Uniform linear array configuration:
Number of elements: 24
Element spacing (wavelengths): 0.5
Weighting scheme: blackman
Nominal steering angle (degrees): -30
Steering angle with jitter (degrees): -31.237
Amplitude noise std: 0.05
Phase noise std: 0.05

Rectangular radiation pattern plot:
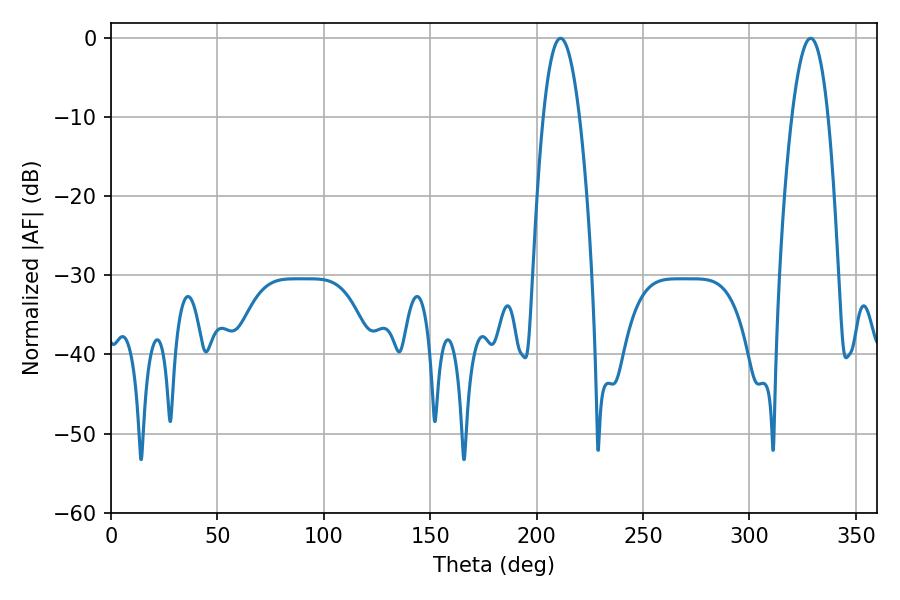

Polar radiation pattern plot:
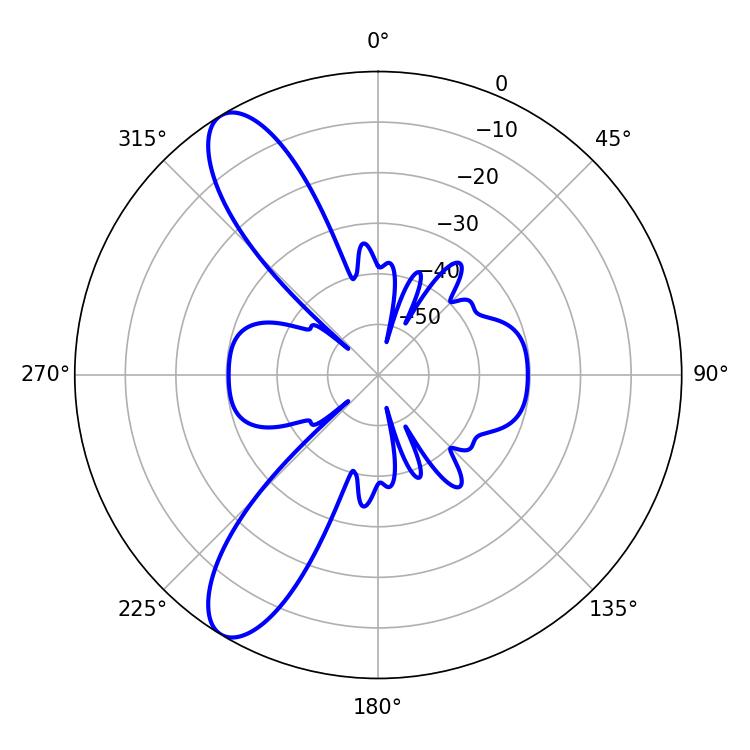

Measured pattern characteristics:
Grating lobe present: FALSE
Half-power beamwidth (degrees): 9.36
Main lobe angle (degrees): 211.32